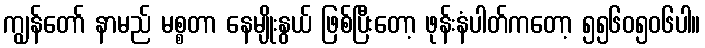
ကျွန်တော် နာမည် မစ္စတာ နေမျိုးနွယ် ဖြစ်ပြီးတော့ ဖုန်းနံပါတ်ကတော့ ၅၅၆၀၅၀၆ပါ။